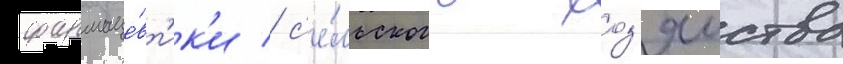
фармаце́вт'ик'и / с'е́льского хоз'яиства